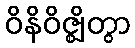
ဝိနိဝိဇ္ဈိတွာ